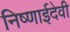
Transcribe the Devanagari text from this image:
निष्णाईदेवी